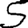
Digit: 5